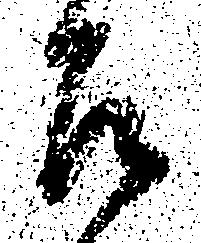
召